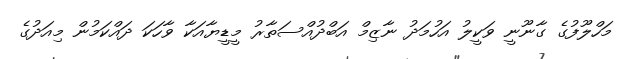
މަހްލޫފުގެ ގާނޫނީ ވަކީލު އަހުމަދު ނާޒިމް އަބްދުއްސަތާރު މީޑީޔާއަކާ ވާހަކަ ދައްކަމުން މިއަދުގެ